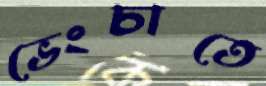
ভেংচাতে